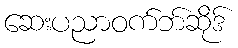
ဆေးပညာဝက်ဘ်ဆိုဒ်